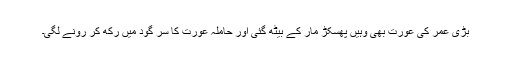
بڑی عمر کی عورت بھی وہیں پھسکڑ مار کے بیٹھ گئی اور حاملہ عورت کا سر گود میں رکھ کر رونے لگی۔